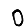
Digit: 0